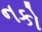
નકો